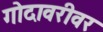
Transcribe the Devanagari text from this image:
गोदावरीवर